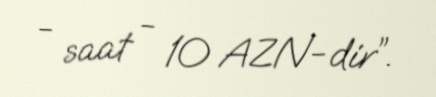
- saat - 10 AZN-dir”.